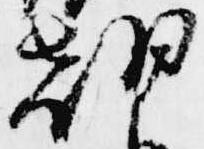
朝